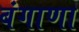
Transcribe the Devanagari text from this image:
बंगाणा